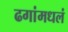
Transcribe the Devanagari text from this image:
ढगांमधलं